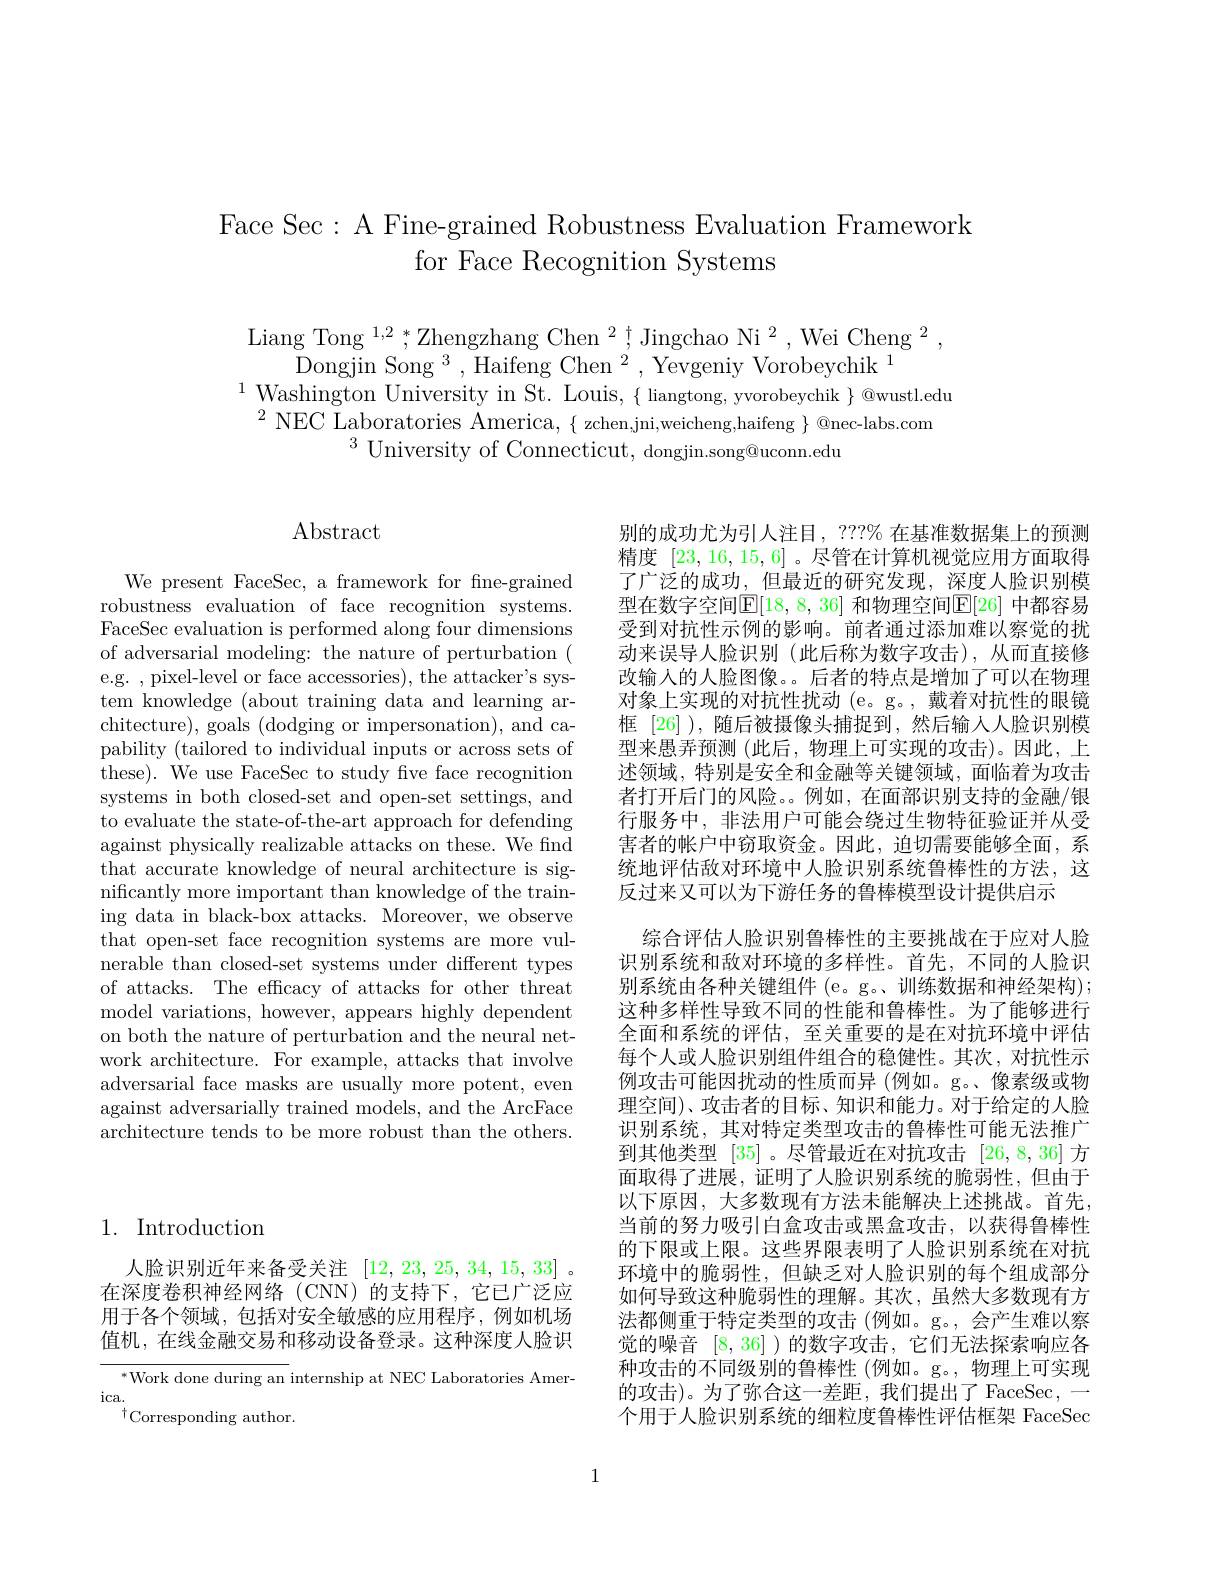
# Face Sec: A Fine-grained Robustness Evaluation Framework for Face Recognition Systems

Liang Tong $^1,2,*$Zhengzhang Chen$^2$,Jingchao Ni$^2$,Wei Cheng$^2$
Dongjin Song $^3$,Haifeng Chen$^2$,Yevgeniy Vorobeychik$^1$
$^{1}$Washington University in St. Louis, $\{$ liangtong, yvorobeychik $\}$@wustl.edu
$^{2}$ NEC Laboratories America, $\{$ zchen, jni, weicheng, haifeng $\}$ @ nec- labs. com
$^{3}$ University of Connecticut, dongjin.song@uconn.edu

## 1. Introduction

人脸识别近年来备受关注[12,23,25,34,15,33] 。在深度卷积神经网络(CNN)的支持下，它已广泛应用于各个领域，包括对安全敏感的应用程序，例如机场值机，在线金融交易和移动设备登录。这种深度人脸识

$^{*}$Work done during an internship at NEC Laboratories Amer-
ica.
$^{\dagger}$Corresponding author.

## $\operatorname{Abstract}$

We present FaceSec, a framework for fne-grained robustness evaluation of face recognition systems. FaceSec evaluation is performed along four dimensions of adversarial modeling: the nature of perturbation ( e.g. , pixel-level or face accessories), the attacker's system knowledge (about training data and learning architecture), goals (dodging or impersonation), and capability (tailored to individual inputs or across sets of these). We use FaceSec to study five face recognition systems in both closed-set and open-set settings, and to evaluate the state-of-the-art approach for defending against physically realizable attacks on these. We find that accurate knowledge of neural architecture is significantly more important than knowledge of the training data in black-box attacks. Moreover, we observe that open-set face recognition systems are more vulnerable than closed-set systems under different types of attacks. The efficacy of attacks for other threat model variations, however, appears highly dependent on both the nature of perturbation and the neural network architecture. For example, attacks that involve adversarial face masks are usually more potent, even against adversarially trained models, and the ArcFace architecture tends to be more robust than the others.

别的成功尤为引人注目，???% 在基准数据集上的预测精度[23,16,15,6] 。尽管在计算机视觉应用方面取得了广泛的成功，但最近的研究发现，深度人脸识别模型在数字空间$\mathbb{E}[18,8,36]$ 和物理空间$\mathbb{E}[26]$ 中都容易受到对抗性示例的影响。前者通过添加难以察觉的扰动来误导人脸识别(此后称为数字攻击),从而直接修改输人的人脸图像。。后者的特点是增加了可以在物理对象上实现的对抗性扰动 (e。g。,戴着对抗性的眼镜框 [26] ),随后被摄像头捕捉到，然后输入人脸识别模型来愚弄预测 (此后，物理上可实现的攻击)。因此，上述领域，特别是安全和金融等关键领域，面临着为攻击者打开后门的风险。。例如，在面部识别支持的金融/银行服务中，非法用户可能会绕过生物特征验证并从受害者的帐户中窃取资金。因此，迫切需要能够全面，系统地评估敌对环境中人脸识别系统鲁棒性的方法，这反过来又可以为下游任务的鲁棒模型设计提供启示
综合评估人脸识别鲁棒性的主要挑战在于应对人脸识别系统和敌对环境的多样性。首先，不同的人脸识别系统由各种关键组件 (e。g。、训练数据和神经架构); 这种多样性导致不同的性能和鲁棒性。为了能够进行全面和系统的评估，至关重要的是在对抗环境中评估每个人或人脸识别组件组合的稳健性。其次，对抗性示例攻击可能因扰动的性质而异 (例如。g。像素级或物理空间)、攻击者的目标、知识和能力。对于给定的人脸识别系统，其对特定类型攻击的鲁棒性可能无法推广到其他类型[35] 。尽管最近在对抗攻击[26,8,36]方面取得了进展，证明了人脸识别系统的脆弱性，但由于以下原因，大多数现有方法未能解决上述挑战。首先当前的努力吸引白盒攻击或黑盒攻击，以获得鲁棒性的下限或上限。这些界限表明了人脸识别系统在对抗环境中的脆弱性，但缺乏对人脸识别的每个组成部分如何导致这种脆弱性的理解。其次，虽然大多数现有方法都侧重于特定类型的攻击(例如。g。,会产生难以察觉的噪音[8,36] )的数字攻击，它们无法探索响应各种攻击的不同级别的鲁棒性(例如。g。,物理上可实现的攻击)。为了弥合这一差距，我们提出了 FaceSec,一个用于人脸识别系统的细粒度鲁棒性评估框架 FaceSec

1